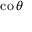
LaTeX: \operatorname { c o } \theta